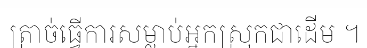
ត្រាច់ធ្វើការសម្លាប់អ្នកស្រុកជាដើម ។